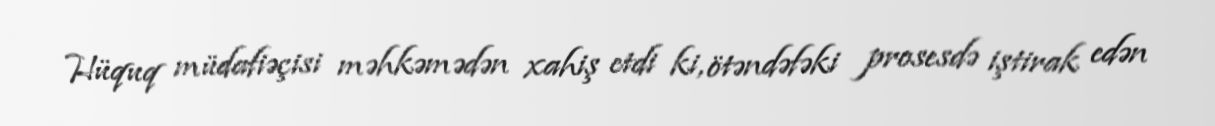
Hüquq müdafiəçisi məhkəmədən xahiş etdi ki, ötəndəfəki prosesdə iştirak edən